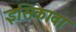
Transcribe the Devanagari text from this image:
इसिकावा